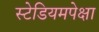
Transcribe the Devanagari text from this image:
स्टेडियमपेक्षा